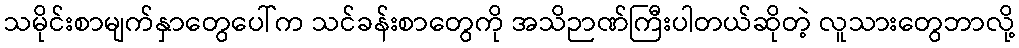
သမိုင်းစာမျက်နှာတွေပေါ်က သင်ခန်းစာတွေကို အသိဉာဏ်ကြီးပါတယ်ဆိုတဲ့ လူသားတွေဘာလို့